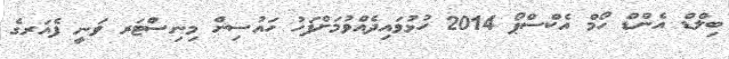
ބިލްޑް އެންޑް ހޯމް އެކްސްޕޯ 2014 ހުޅުވައިދެއްވުމަށްފަހު ހައުސިން މިނިސްޓަރ ވަނީ ފެއަރގެ